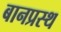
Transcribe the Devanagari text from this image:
बानप्रस्‍थ